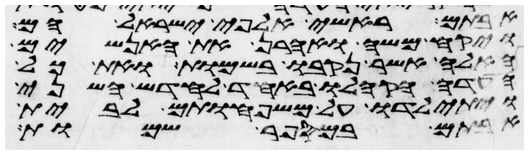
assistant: אבותם ראשי אלפי ישראל הם
ויקח משה ואהרן את האנשים
האלה אשר נקבו בשמות ואת כל
העדה הקהלו באחד לחדש השני
ויתילדו על משפחותם לבית
אבותם במספר שמות